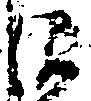
御